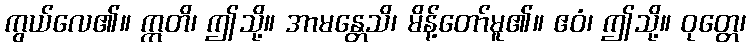
ကွယ်လေ၏။ ဣတိ၊ ဤသို့။ အာမန္တေသိ၊ မိန့်တော်မူ၏။ ဧဝံ၊ ဤသို့။ ဝုတ္တေ၊